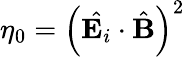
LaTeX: \eta_{0}=\left(\hat{\textbf{E}_{i}}\cdot\hat{\textbf{B}}\right)^{2}